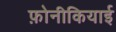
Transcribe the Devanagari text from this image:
फ़ोनीकियाई